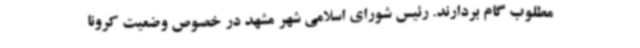
مطلوب گام بردارند. رئیس شورای اسلامی شهر مشهد در خصوص وضعیت کرونا